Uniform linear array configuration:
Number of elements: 16
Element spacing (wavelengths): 0.5
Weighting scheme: blackman
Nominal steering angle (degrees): -15
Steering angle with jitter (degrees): -14.864
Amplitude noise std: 0.05
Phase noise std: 0.05

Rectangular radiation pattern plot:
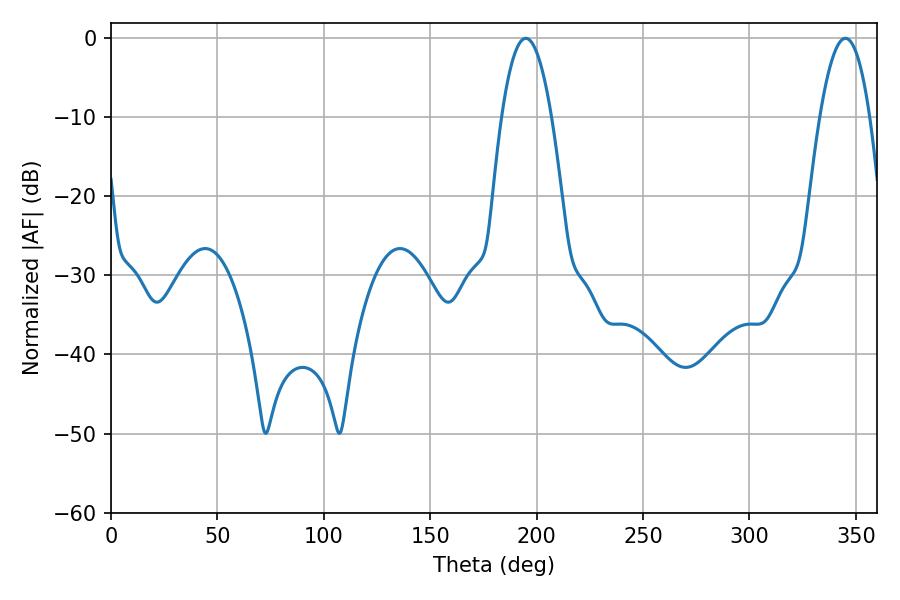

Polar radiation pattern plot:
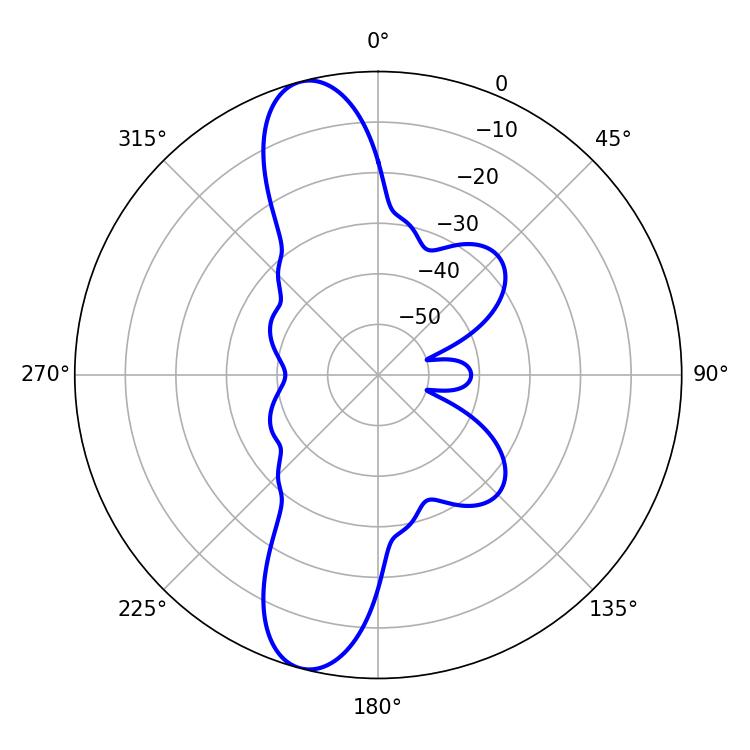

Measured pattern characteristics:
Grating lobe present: FALSE
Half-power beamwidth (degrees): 12.96
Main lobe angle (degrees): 194.94